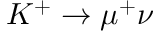
K ^ { + } \to \mu ^ { + } \nu